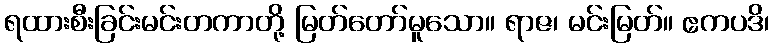
ရထားစီးခြင်းမင်းတကာတို့ မြတ်တော်မူသော။ ရာဇ၊ မင်းမြတ်။ ဧကပဒိ၊